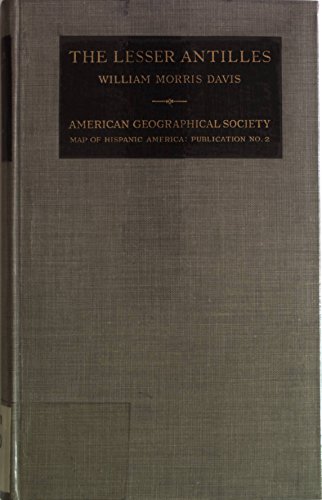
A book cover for The Lesser Antilles, (American Geographical Society. Map of Hispanic America. Publication); William Morris Davis; Travel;